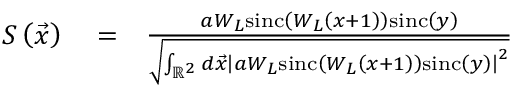
\begin{array} { r l r } { S \left( \vec { x } \right) } & { { } = } & { \frac { a W _ { L } \mathrm { s i n c } \left( W _ { L } \left( x + 1 \right) \right) \mathrm { s i n c } \left( y \right) } { \sqrt { \int _ { \mathbb { R } ^ { 2 } } d \vec { x } \left| a W _ { L } \mathrm { s i n c } \left( W _ { L } \left( x + 1 \right) \right) \mathrm { s i n c } \left( y \right) \right| ^ { 2 } } } } \end{array}